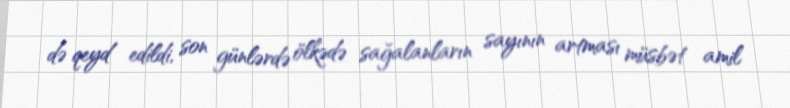
də qeyd edildi, son günlərdə ölkədə sağalanların sayının artması müsbət amil